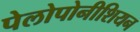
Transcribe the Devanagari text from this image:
पेलोपोनीशियन